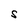
Character: S